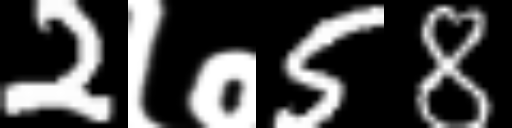
Text: 2७58